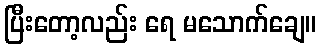
ပြီးတော့လည်း ရေ မသောက်ချေ။